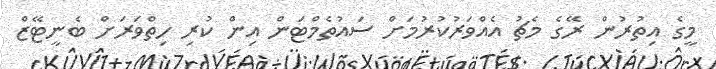
މީގެ އިތުރުން ރޭގެ މެޗު އެއްވަރުކުރުމަށް ސައުތެމްޓަން އިން ކުރި ހިތްވަރަށް ބެނީޓޭޒް